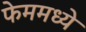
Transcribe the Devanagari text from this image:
फेममध्ये